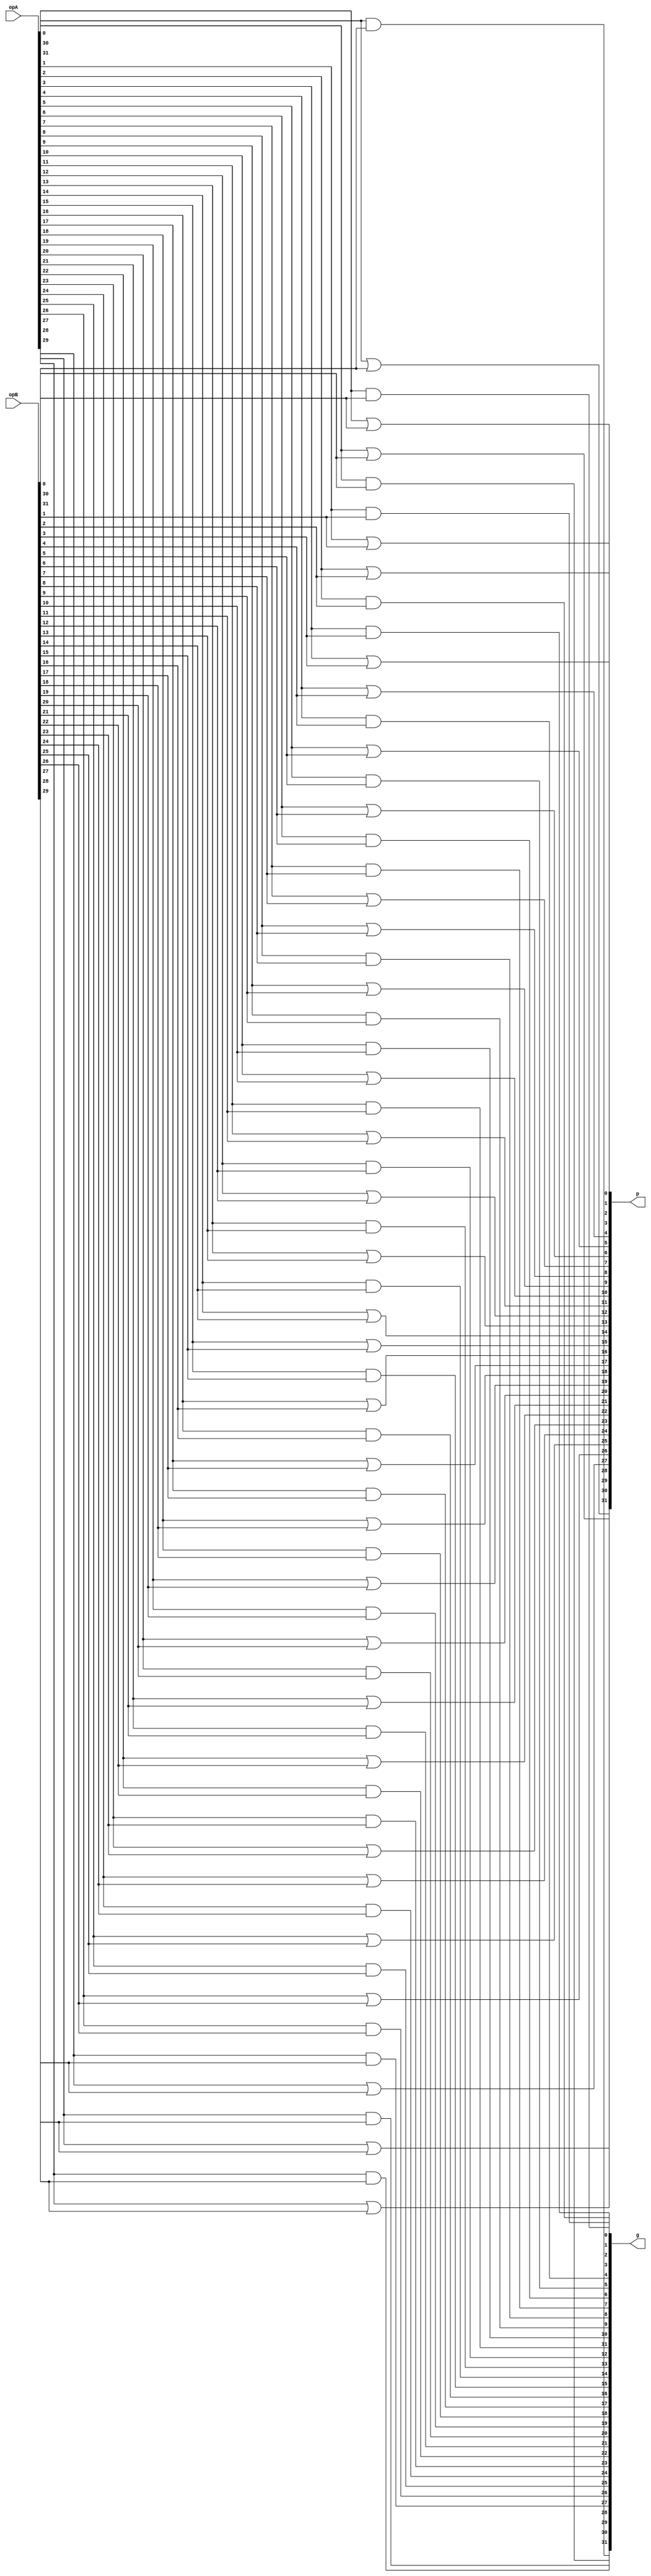
module gpmaker(g, p, opA, opB);

    // input the 32 bits of the operands to generate the gs and ps
    input [31:0] opA, opB;

    // output the gs and ps
    output [31:0] g, p;

    // generate all the individual gs and ps for use later
    and g00(g[0], opA[0], opB[0]);
    or p00(p[0], opA[0], opB[0]);

    and g11(g[1], opA[1], opB[1]);
    or p11(p[1], opA[1], opB[1]);

    and g22(g[2], opA[2], opB[2]);
    or p22(p[2], opA[2], opB[2]);

    and g33(g[3], opA[3], opB[3]);
    or p33(p[3], opA[3], opB[3]);

    and g44(g[4], opA[4], opB[4]);
    or p44(p[4], opA[4], opB[4]);

    and g55(g[5], opA[5], opB[5]);
    or p55(p[5], opA[5], opB[5]);

    and g66(g[6], opA[6], opB[6]);
    or p66(p[6], opA[6], opB[6]);

    and g77(g[7], opA[7], opB[7]);
    or p77(p[7], opA[7], opB[7]);

    and g88(g[8], opA[8], opB[8]);
    or p88(p[8], opA[8], opB[8]);

    and g99(g[9], opA[9], opB[9]);
    or p99(p[9], opA[9], opB[9]);

    and g1010(g[10], opA[10], opB[10]);
    or p1010(p[10], opA[10], opB[10]);

    and g1111(g[11], opA[11], opB[11]);
    or p1111(p[11], opA[11], opB[11]);

    and g1212(g[12], opA[12], opB[12]);
    or p1212(p[12], opA[12], opB[12]);

    and g1313(g[13], opA[13], opB[13]);
    or p1313(p[13], opA[13], opB[13]);

    and g1414(g[14], opA[14], opB[14]);
    or p1414(p[14], opA[14], opB[14]);

    and g1515(g[15], opA[15], opB[15]);
    or p1515(p[15], opA[15], opB[15]);

    and g1616(g[16], opA[16], opB[16]);
    or p1616(p[16], opA[16], opB[16]);

    and g1717(g[17], opA[17], opB[17]);
    or p1717(p[17], opA[17], opB[17]);

    and g1818(g[18], opA[18], opB[18]);
    or p1818(p[18], opA[18], opB[18]);

    and g1919(g[19], opA[19], opB[19]);
    or p1919(p[19], opA[19], opB[19]);

    and g2020(g[20], opA[20], opB[20]);
    or p2020(p[20], opA[20], opB[20]);

    and g2121(g[21], opA[21], opB[21]);
    or p2121(p[21], opA[21], opB[21]);

    and g2222(g[22], opA[22], opB[22]);
    or p2222(p[22], opA[22], opB[22]);

    and g2323(g[23], opA[23], opB[23]);
    or p2323(p[23], opA[23], opB[23]);

    and g2424(g[24], opA[24], opB[24]);
    or p2424(p[24], opA[24], opB[24]);

    and g2525(g[25], opA[25], opB[25]);
    or p2525(p[25], opA[25], opB[25]);

    and g2626(g[26], opA[26], opB[26]);
    or p2626(p[26], opA[26], opB[26]);

    and g2727(g[27], opA[27], opB[27]);
    or p2727(p[27], opA[27], opB[27]);

    and g2828(g[28], opA[28], opB[28]);
    or p2828(p[28], opA[28], opB[28]);

    and g2929(g[29], opA[29], opB[29]);
    or p2929(p[29], opA[29], opB[29]);

    and g3030(g[30], opA[30], opB[30]);
    or p3030(p[30], opA[30], opB[30]);

    and g3131(g[31], opA[31], opB[31]);
    or p3131(p[31], opA[31], opB[31]);


endmodule